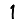
Digit: 1